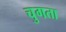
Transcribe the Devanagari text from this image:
चुगता